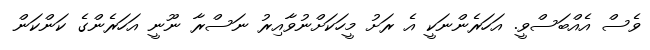
ވެސް އެއްބަސްވީ. އަހަރެންނަކީ އެ ރަށު މީހަކަށްނުވާއިރު ނަސްރާ ނޫނީ އަހަރެންގެ ކަންކަން